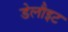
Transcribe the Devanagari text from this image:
डेलौइट